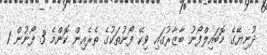
ދުނިޔޭގެ މޮބައިލްފޯނު ބާޒާރުގައި ވިކޭ ފޯނުތަކުގެ ތެރެއިން ކޮންމެ 3 ފޯނުން 1